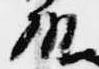
殿